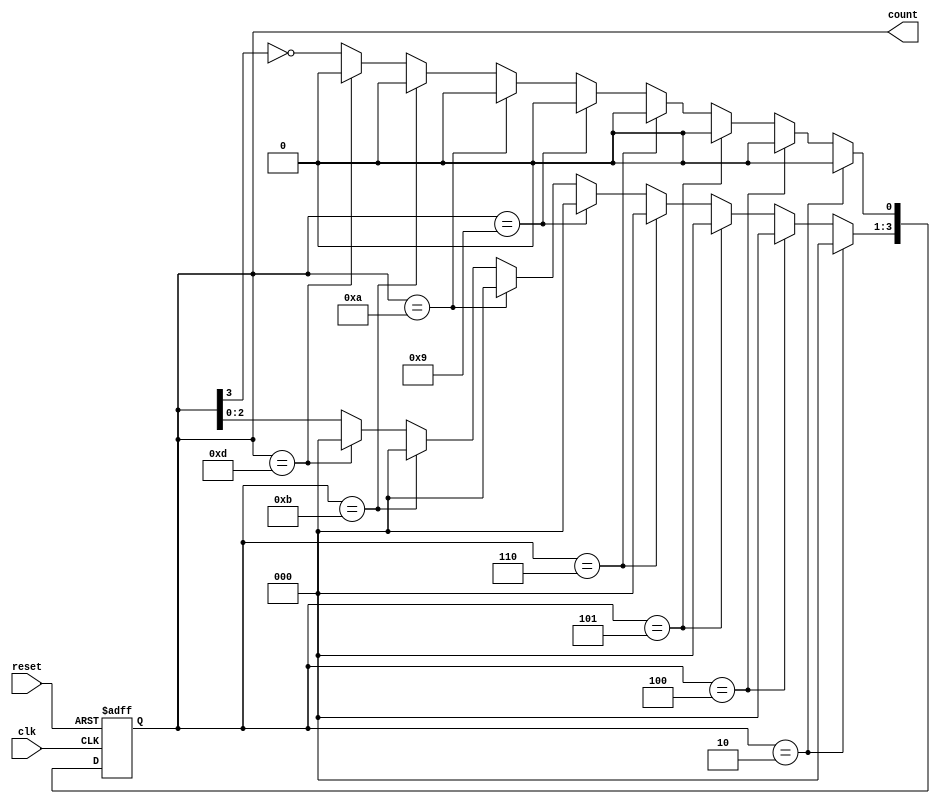
module johnson(clk, reset, count);
    input clk;
    input reset;
    output reg [3:0] count;
    
    
    always @(posedge clk or posedge reset)
        if(reset)
            count <= 4'h0;
            
        else if(count == 4'h2)  count   <=  4'h0;
        else if(count == 4'h4)  count   <=  4'h0;
        else if(count == 4'h5)  count   <=  4'h0;
        else if(count == 4'h6)  count   <=  4'h0;
        else if(count == 4'h9)  count   <=  4'h0;
        else if(count == 4'ha)  count   <=  4'h0;
        else if(count == 4'hb)  count   <=  4'h0;
        else if(count == 4'hd)  count   <=  4'h0;
        
        else begin
            count[3:1]  <=  count[2:0];
            count[0]    <=  ~count[3];
        end
    
endmodule